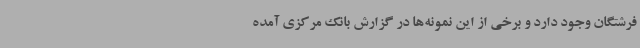
فرشتگان وجود دارد و برخی از این نمونه‌ها در گزارش بانک مرکزی آمده